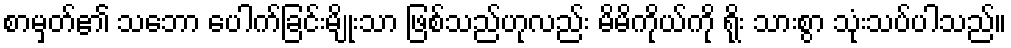
စာမှတ်၏ သဘော ပေါက်ခြင်းမျိုးသာ ဖြစ်သည်ဟုလည်း မိမိကိုယ်ကို ရိုး သားစွာ သုံးသပ်ပါသည်။